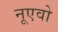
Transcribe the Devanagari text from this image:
नूएवो